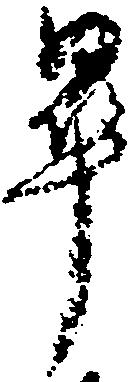
畢